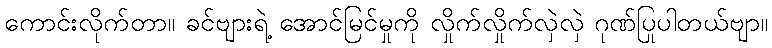
ကောင်းလိုက်တာ။ ခင်ဗျားရဲ့ အောင်မြင်မှုကို လှိုက်လှိုက်လှဲလှဲ ဂုဏ်ပြုပါတယ်ဗျာ။